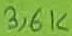
Text: 3,6K